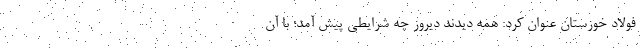
فولاد خوزستان عنوان کرد: همه دیدند دیروز چه شرایطی پیش آمد؛ با آن